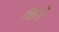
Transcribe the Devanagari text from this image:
किस्ने